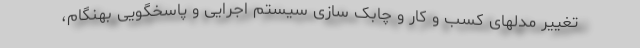
تغییر مدلهای کسب و کار و چابک سازی سیستم اجرایی و پاسخگویی بهنگام،